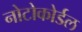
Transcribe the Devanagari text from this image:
नोटोकोर्डल